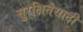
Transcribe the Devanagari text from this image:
सुरक्षितेसाठी